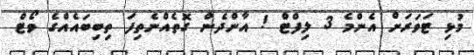
މުޅި ޓަވަރަށް އެންމެ 3 ލިފްޓް ! އާންދެން ގޮތެއްނެތިފަ ތިބިބައެއްގެ ވޯޓް